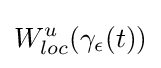
W_{loc}^{u}(\gamma _{\epsilon }(t))